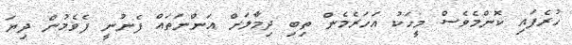
ހުރެފައި ކޮންމެވެސް މީހަކު އަހަރެމެން ތިބި ދިމާލަށް އަންނަތައް ފެނުނީ ފެވެމުން ދިޔަ